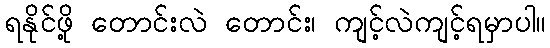
ရနိုင်ဖို့ တောင်းလဲ တောင်း၊ ကျင့်လဲကျင့်ရမှာပါ။